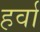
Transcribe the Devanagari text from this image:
हर्वा